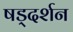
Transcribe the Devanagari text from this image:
षड्‌दर्शन